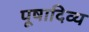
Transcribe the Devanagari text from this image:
पूषादिव्य